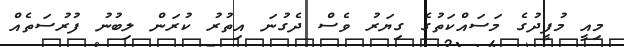
މިއީ މުފީދުގެ މަސައްކަތުގެ ގިޔަރު ވެސް ދެގުނަ އިތުރު ކުރަން ލިބުނު ފުރުސަތެއް